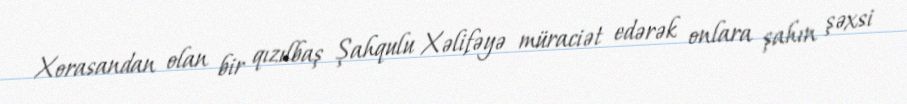
Xorasandan olan bir qızılbaş Şahqulu Xəlifəyə müraciət edərək onlara şahın şəxsi